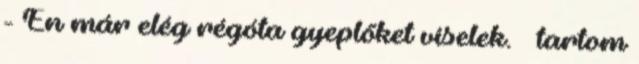
- Én már elég régóta gyeplőket viselek. – tartom